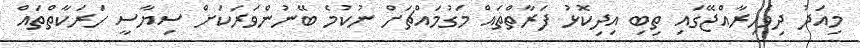
މިއަދު ދިވެހިރާއްޖޭގައި ތިބި އިދިކޮޅު ފަރާތްތައް މަގުމައްޗަށް ނުކުމެ ބޭނުންވަރަކަށް ސިޔާސީ ހަރަކާތްތައް